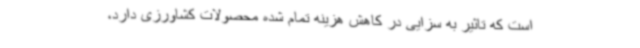
است که تاثیر به سزایی در کاهش هزینه تمام شده محصولات کشاورزی دارد،